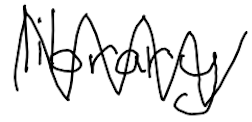
Text: library
Cross-out: zig-zag
Writing tool: digital_black